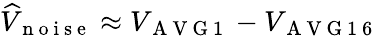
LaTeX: \widehat{V}_{\mathrm{~n~o~i~s~e~}}\approx V_{\mathrm{~A~V~G~1~}}-V_{\mathrm{~A~V~G~1~6~}}